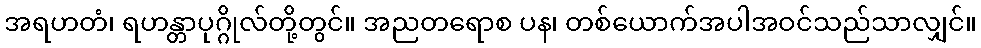
အရဟတံ၊ ရဟန္တာပုဂ္ဂိုလ်တို့တွင်။ အညတရောစ ပန၊ တစ်ယောက်အပါအဝင်သည်သာလျှင်။